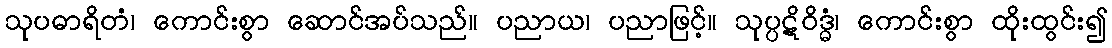
သုပဓာရိတံ၊ ကောင်းစွာ ဆောင်အပ်သည်။ ပညာယ၊ ပညာဖြင့်။ သုပ္ပဋိဝိဒ္ဓံ၊ ကောင်းစွာ ထိုးထွင်း၍